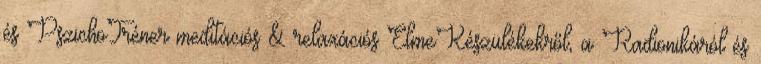
és PszichoTréner meditációs & relaxációs ElmeKészülékekről, a Radionikáról és